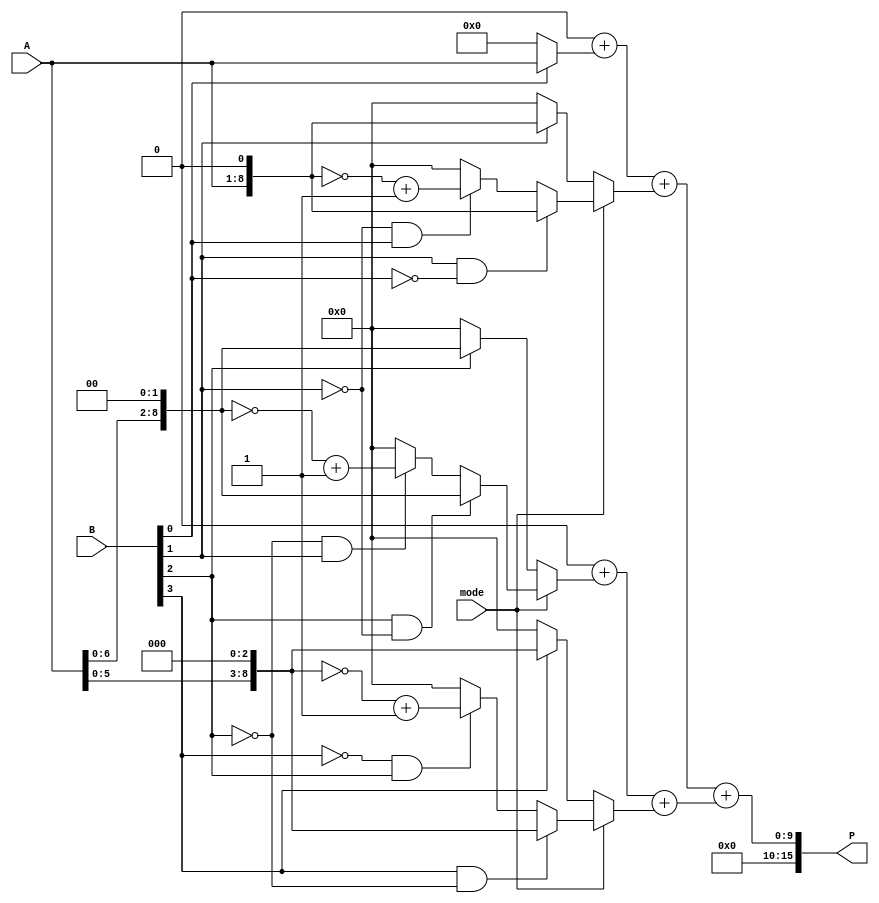
module DualModeWallaceTreeMultiplier #(parameter N = 8) (
    input [N-1:0] A,          // First multiplicand
    input [N-1:0] B,          // Second multiplicand
    input mode,               // Mode control signal (0: Standard, 1: Booth's)
    output reg [2*N-1:0] P    // Product output
);

    reg [2*N-1:0] partial_products[(N-1):0];
    reg [N:0] sum_stage1[0:N/2];
    wire [N+1:0] carry;
    integer i, j;

    // Partial Product Generation
    always @(*) begin
        if (mode == 0) begin // Standard Mode
            for (i = 0; i < N; i = i + 1) begin
                partial_products[i] = (B[i] ? (A << i) : 0);
            end
        end else begin // Booth's Mode
            // Booth's algorithm implementation
            // This requires handling pairs of bits in B
            // Initialize partial products depending on B's bits
            for (i = 0; i < N; i = i + 1) begin
                if (i == 0) begin
                    partial_products[i] = (B[0] ? (A) : 0);
                end else if (B[i] == 1 && B[i-1] == 0) begin
                    partial_products[i] = A << i; // A shifted left
                end else if (B[i] == 0 && B[i-1] == 1) begin
                    partial_products[i] = ~(A << i) + 1; // -A shifted left
                end else begin
                    partial_products[i] = 0;
                end
            end
        end
    end

    // Wallace Tree Reduction Stages
    always @(*) begin
        // Initialize sum_stage1
        for (i = 0; i < (N/2 + 1); i = i + 1) begin
            sum_stage1[i] = 0;
        end

        // Sum the partial products
        for (i = 0; i < N; i = i + 1) begin
            sum_stage1[i/2] = sum_stage1[i/2] + partial_products[i];
        end

        // Final Addition of the last two sums
        P = sum_stage1[0] + sum_stage1[1];
    end

endmodule